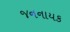
જનનાયક